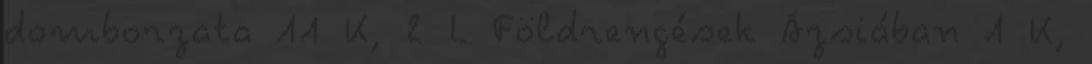
domborzata‎ 11 K, 2 L Földrengések Ázsiában‎ 1 K,